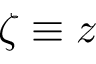
\zeta \equiv z